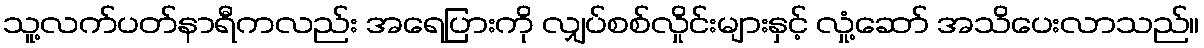
သူ့လက်ပတ်နာရီကလည်း အရေပြားကို လျှပ်စစ်လှိုင်းများနှင့် လှုံ့ဆော် အသိပေးလာသည်။